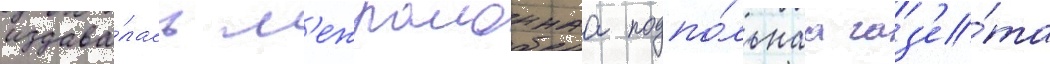
издава́лась м'ежраионнаа подпо́льнаа газ'е́та